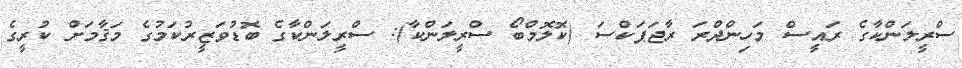
ސްރީލަންކާގެ ރައީސް މަހިންދްރަ ރާޖަޕަކްސަ (ކޮލޮމްބޯ ސްރީލަންކާ): ސްރީލަންކާގެ ބޮޑުވަޒީރުކަމުގެ މަޤާމަށް ކުރީގެ